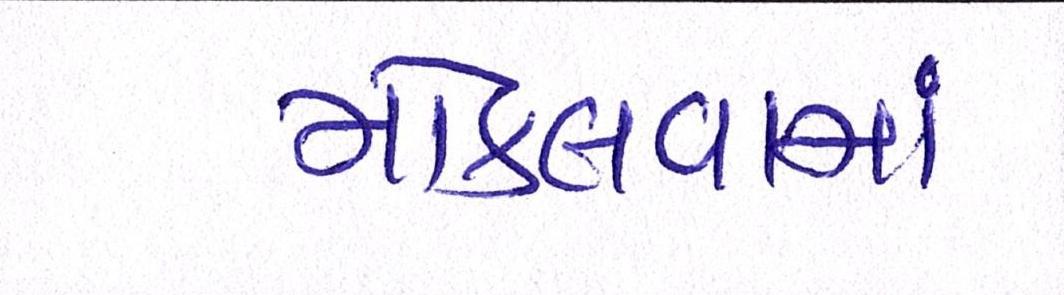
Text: મોકલવામાં